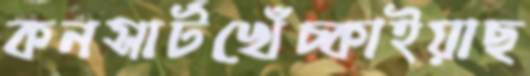
কনসার্টখেঁচ্‌কাইয়াছ